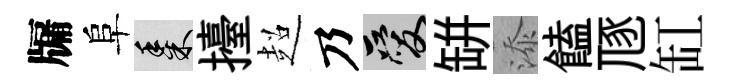
牖阜黍擡超乃爱缾添饁豗缸